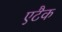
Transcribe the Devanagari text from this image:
एटैक